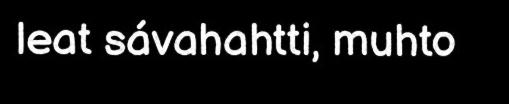
leat sávahahtti, muhto